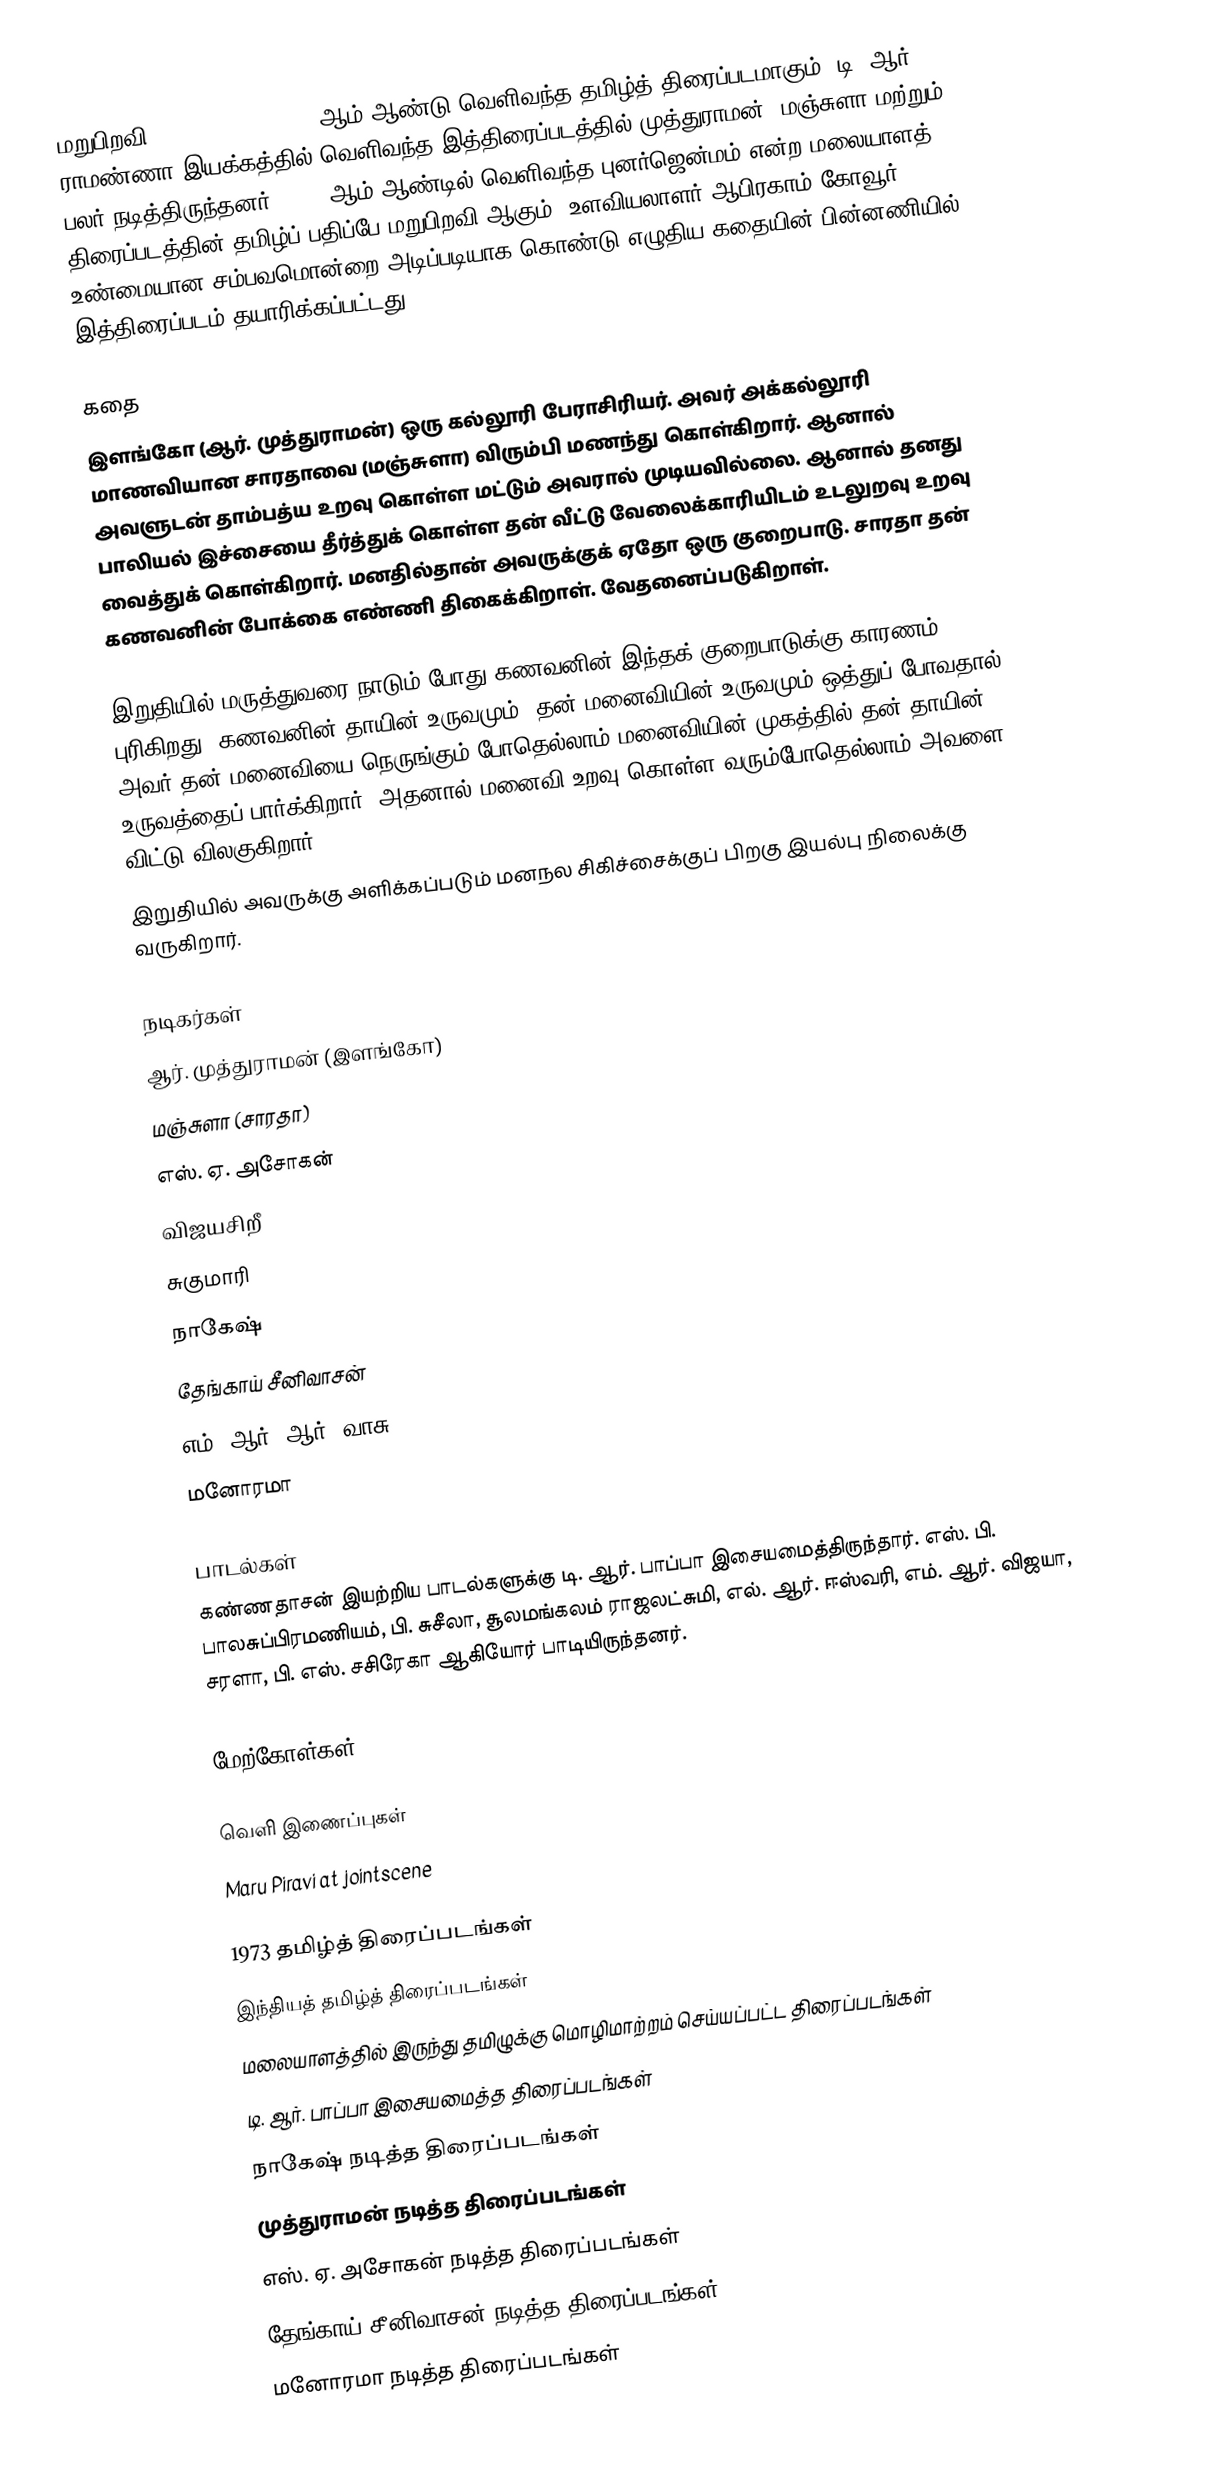
மறுபிறவி (Maru Piravi) 1973 ஆம் ஆண்டு வெளிவந்த தமிழ்த் திரைப்படமாகும். டி. ஆர். ராமண்ணா இயக்கத்தில் வெளிவந்த இத்திரைப்படத்தில் முத்துராமன், மஞ்சுளா மற்றும் பலர் நடித்திருந்தனர். 1972-ஆம் ஆண்டில் வெளிவந்த புனர்ஜென்மம் என்ற மலையாளத் திரைப்படத்தின் தமிழ்ப் பதிப்பே மறுபிறவி ஆகும். உளவியலாளர் ஆபிரகாம் கோவூர் உண்மையான சம்பவமொன்றை அடிப்படியாக கொண்டு எழுதிய கதையின் பின்னணியில் இத்திரைப்படம் தயாரிக்கப்பட்டது;

கதை
இளங்கோ (ஆர். முத்துராமன்) ஒரு கல்லூரி பேராசிரியர். அவர் அக்கல்லூரி மாணவியான சாரதாவை (மஞ்சுளா) விரும்பி மணந்து கொள்கிறார். ஆனால் அவளுடன் தாம்பத்ய உறவு கொள்ள மட்டும் அவரால் முடியவில்லை. ஆனால் தனது பாலியல் இச்சையை தீர்த்துக் கொள்ள தன் வீட்டு வேலைக்காரியிடம் உடலுறவு உறவு வைத்துக் கொள்கிறார். மனதில்தான் அவருக்குக் ஏதோ ஒரு குறைபாடு. சாரதா தன் கணவனின் போக்கை எண்ணி திகைக்கிறாள். வேதனைப்படுகிறாள்.

இறுதியில் மருத்துவரை நாடும் போது கணவனின் இந்தக் குறைபாடுக்கு காரணம் புரிகிறது. கணவனின் தாயின் உருவமும், தன் மனைவியின் உருவமும் ஒத்துப் போவதால் அவர் தன் மனைவியை நெருங்கும் போதெல்லாம் மனைவியின் முகத்தில் தன் தாயின் உருவத்தைப் பார்க்கிறார். அதனால் மனைவி உறவு கொள்ள வரும்போதெல்லாம் அவளை விட்டு விலகுகிறார்.
இறுதியில் அவருக்கு அளிக்கப்படும் மனநல சிகிச்சைக்குப் பிறகு இயல்பு நிலைக்கு வருகிறார்.

நடிகர்கள்
 ஆர். முத்துராமன் (இளங்கோ)
 மஞ்சுளா (சாரதா)
 எஸ். ஏ. அசோகன்
 விஜயசிறீ
சுகுமாரி
 நாகேஷ்
 தேங்காய் சீனிவாசன்
எம். ஆர். ஆர். வாசு
மனோரமா

பாடல்கள்
கண்ணதாசன் இயற்றிய பாடல்களுக்கு டி. ஆர். பாப்பா இசையமைத்திருந்தார். எஸ். பி. பாலசுப்பிரமணியம், பி. சுசீலா, சூலமங்கலம் ராஜலட்சுமி, எல். ஆர். ஈஸ்வரி, எம். ஆர். விஜயா, சரளா, பி. எஸ். சசிரேகா ஆகியோர் பாடியிருந்தனர்.

மேற்கோள்கள்

வெளி இணைப்புகள்
 Maru Piravi at jointscene

1973 தமிழ்த் திரைப்படங்கள்
இந்தியத் தமிழ்த் திரைப்படங்கள்
மலையாளத்தில் இருந்து தமிழுக்கு மொழிமாற்றம் செய்யப்பட்ட திரைப்படங்கள்
டி. ஆர். பாப்பா இசையமைத்த திரைப்படங்கள்
நாகேஷ் நடித்த திரைப்படங்கள்
முத்துராமன் நடித்த திரைப்படங்கள்
எஸ். ஏ. அசோகன் நடித்த திரைப்படங்கள்
தேங்காய் சீனிவாசன் நடித்த திரைப்படங்கள்
மனோரமா நடித்த திரைப்படங்கள்